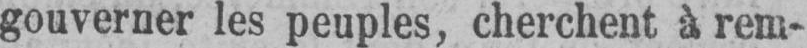
gouverner les peuples, cherchent à rem-